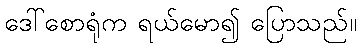
ဒေါ်စောရုံက ရယ်မော၍ ပြောသည်။